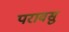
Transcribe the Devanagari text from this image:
परावसु